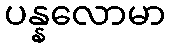
ပန္နလောမာ